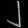
Digit: ၂